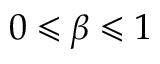
0 \leqslant \beta \leqslant 1